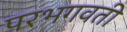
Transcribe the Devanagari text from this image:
परभगवती